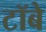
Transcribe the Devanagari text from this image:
टॉबे